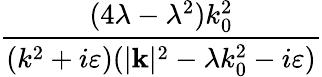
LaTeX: \frac{(4\lambda-\lambda^{2})k_{0}^{2}}{(k^{2}+i\varepsilon)(|\mathbf{k}|^{2}-\lambda k_{0}^{2}-i\varepsilon)}